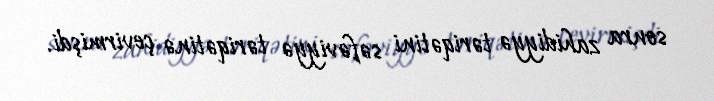
sonra zahidiyyə təriqətini səfəviyyə təriqətinə çevirmişdi.